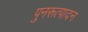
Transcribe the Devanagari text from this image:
पुनरूत्पादन